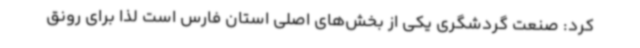
کرد: صنعت گردشگری یکی از بخش‌های اصلی استان فارس است لذا برای رونق